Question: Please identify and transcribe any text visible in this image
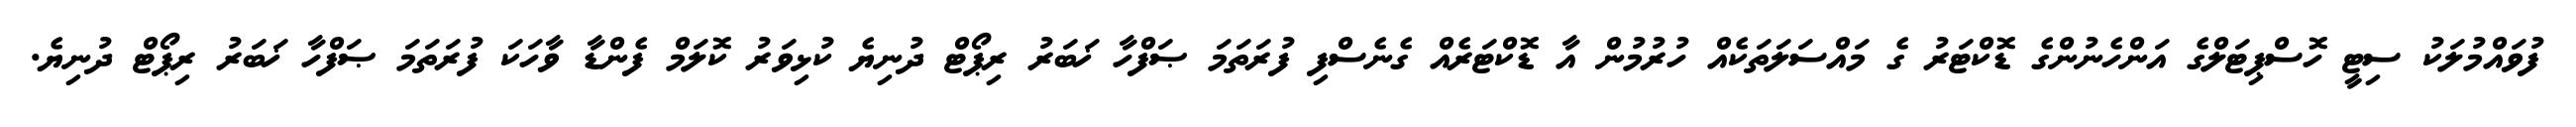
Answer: ފުވައްމުލަކު ސިޓީ ހޮސްޕިޓަލްގެ އަންހެނުންގެ ޑޮކްޓަރު ގެ މައްސަލަތަކެއް ހުރުމުން އާ ޑޮކްޓަރެއް ގެނެސްފި ފުރަތަމަ ޞަފްހާ ޚަބަރު ރިޕޯޓް ދުނިޔެ ކުޅިވަރު ކޮލަމް ފެންޑާ ވާހަކަ ފުރަތަމަ ޞަފްހާ ޚަބަރު ރިޕޯޓް ދުނިޔެ.